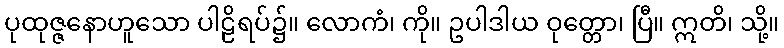
ပုထုဇ္ဇနောဟူသော ပါဠိရပ်၌။ လောကံ၊ ကို။ ဥပါဒါယ ဝုတ္တော၊ ပြီ။ ဣတိ၊ သို့။